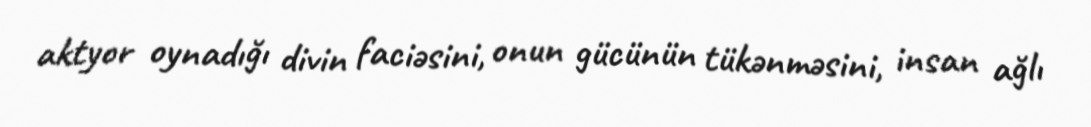
aktyor oynadığı divin faciəsini, onun gücünün tükənməsini, insan ağlı